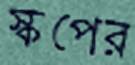
স্কপের